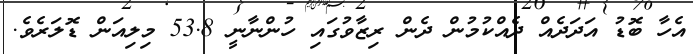
އެހާ ބޮޑު އަދަދެއް ދެއްކުމުން ދެން ރިޒާވުގައި ހުންނާނީ 53.8 މިލިއަން ޑޮލަރެވެ.